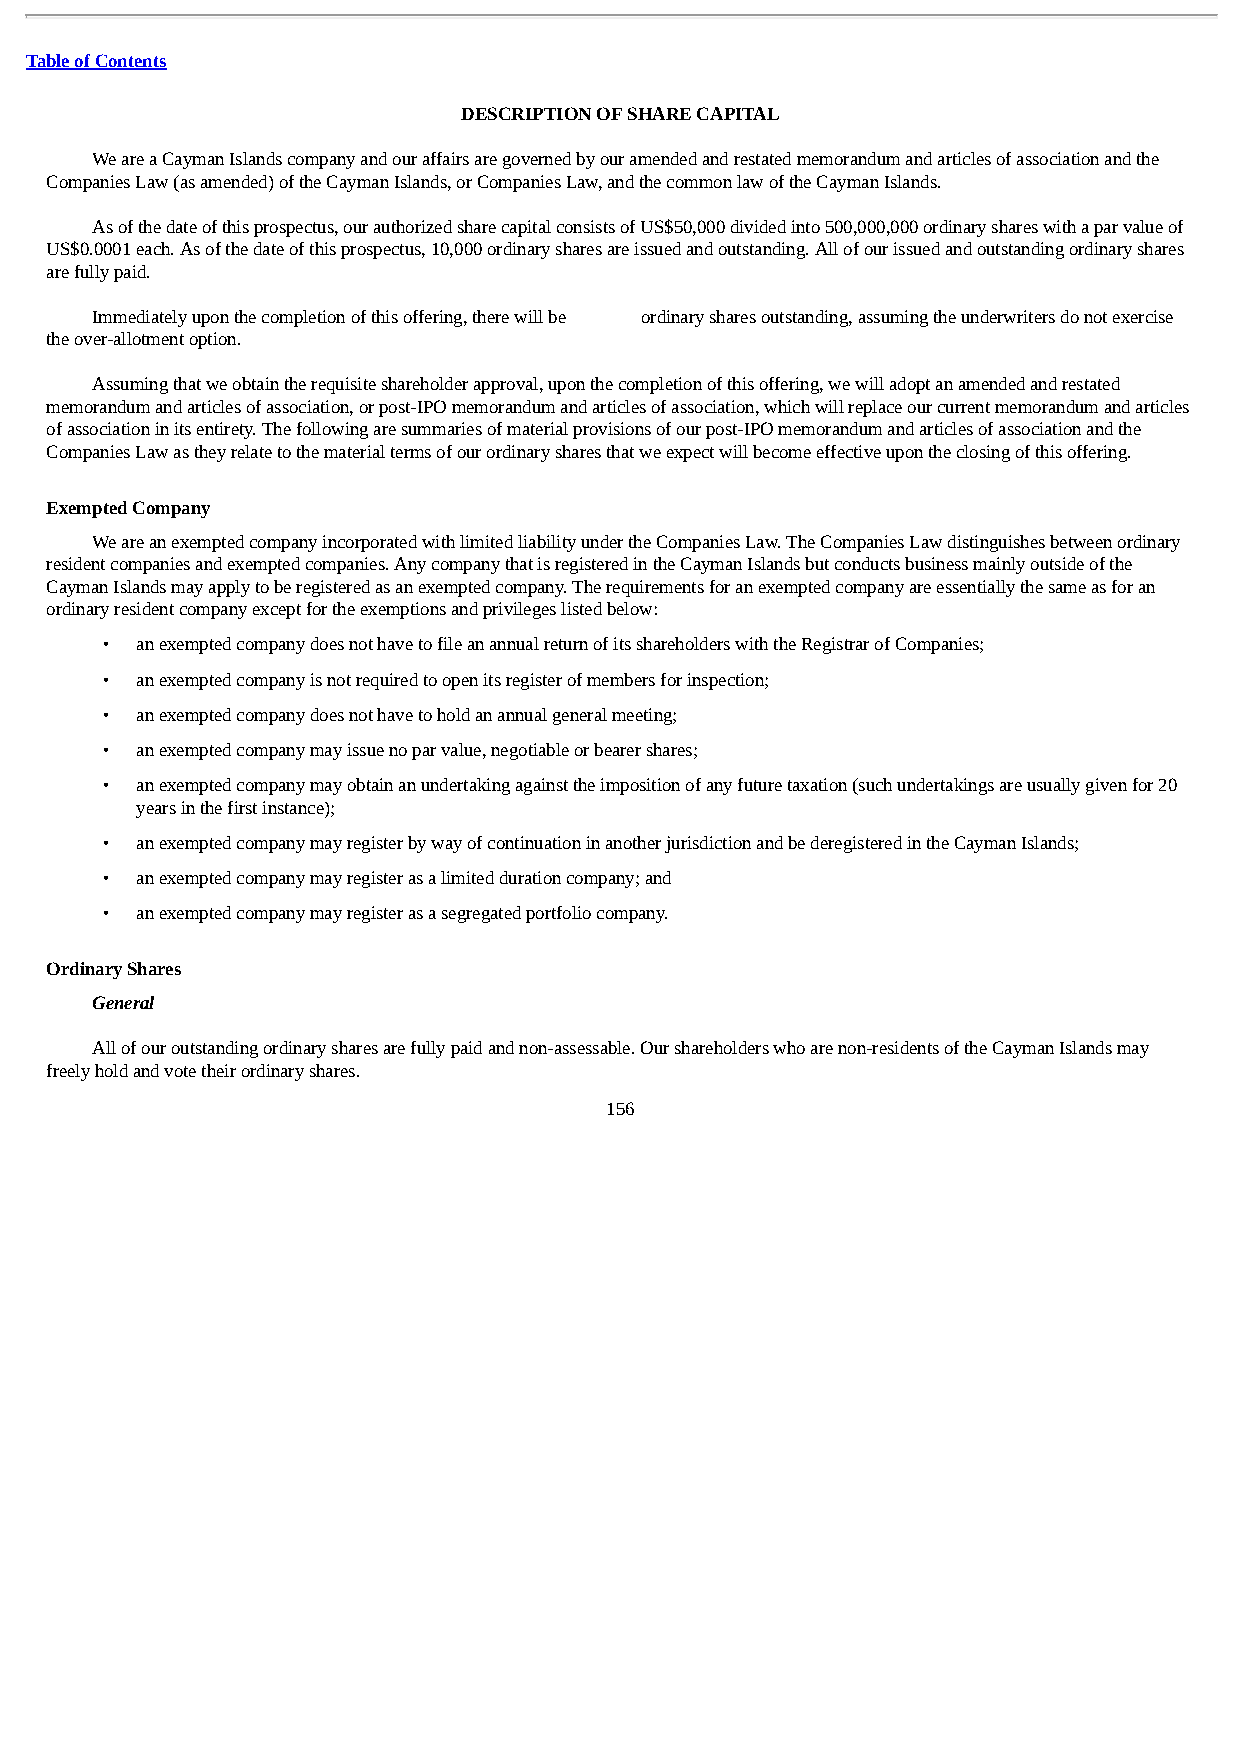
Table of Contents
 DESCRIPTION OF SHARE CAPITAL
 We are a Cayman Islands company and our affairs are governed by our amended and restated memorandum and articles of association and the
 Companies Law (as amended) of the Cayman Islands, or Companies Law, and the common law of the Cayman Islands.
 As of the date of this prospectus, our authorized share capital consists of US$50,000 divided into 500,000,000 ordinary shares with a par value of
 US$0.0001 each. As of the date of this prospectus, 10,000 ordinary shares are issued and outstanding. All of our issued and outstanding ordinary shares
 are fully paid.
 Immediately upon the completion of this offering, there will be ordinary shares outstanding, assuming the underwriters do not exercise
 the over-allotment option.
 Assuming that we obtain the requisite shareholder approval, upon the completion of this offering, we will adopt an amended and restated
 memorandum and articles of association, or post-IPO memorandum and articles of association, which will replace our current memorandum and articles
 of association in its entirety. The following are summaries of material provisions of our post-IPO memorandum and articles of association and the
 Companies Law as they relate to the material terms of our ordinary shares that we expect will become effective upon the closing of this offering.
 Exempted Company
 We are an exempted company incorporated with limited liability under the Companies Law. The Companies Law distinguishes between ordinary
 resident companies and exempted companies. Any company that is registered in the Cayman Islands but conducts business mainly outside of the
 Cayman Islands may apply to be registered as an exempted company. The requirements for an exempted company are essentially the same as for an
 ordinary resident company except for the exemptions and privileges listed below:
 • an exempted company does not have to file an annual return of its shareholders with the Registrar of Companies;
 • an exempted company is not required to open its register of members for inspection;
 • an exempted company does not have to hold an annual general meeting;
 • an exempted company may issue no par value, negotiable or bearer shares;
 • an exempted company may obtain an undertaking against the imposition of any future taxation (such undertakings are usually given for 20
 years in the first instance);
 • an exempted company may register by way of continuation in another jurisdiction and be deregistered in the Cayman Islands;
 • an exempted company may register as a limited duration company; and
 • an exempted company may register as a segregated portfolio company.
 Ordinary Shares
 General
 All of our outstanding ordinary shares are fully paid and non-assessable. Our shareholders who are non-residents of the Cayman Islands may
 freely hold and vote their ordinary shares.
 156